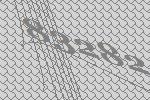
83282